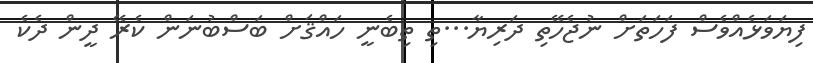
ފިޔަވަޅެއްވެސް ފަހަތަށް ނުޖެހޭތި ދަރިޔާ...ތި ތިބެނީ ހައްޤަށް ބަސްބުނަން ކެރޭ ދީން ދެކެ